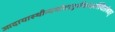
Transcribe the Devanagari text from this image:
आदायास्थीन्यथोमातुर्गंगामार्गस्थितोभवत्